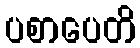
ပစာပေတိ